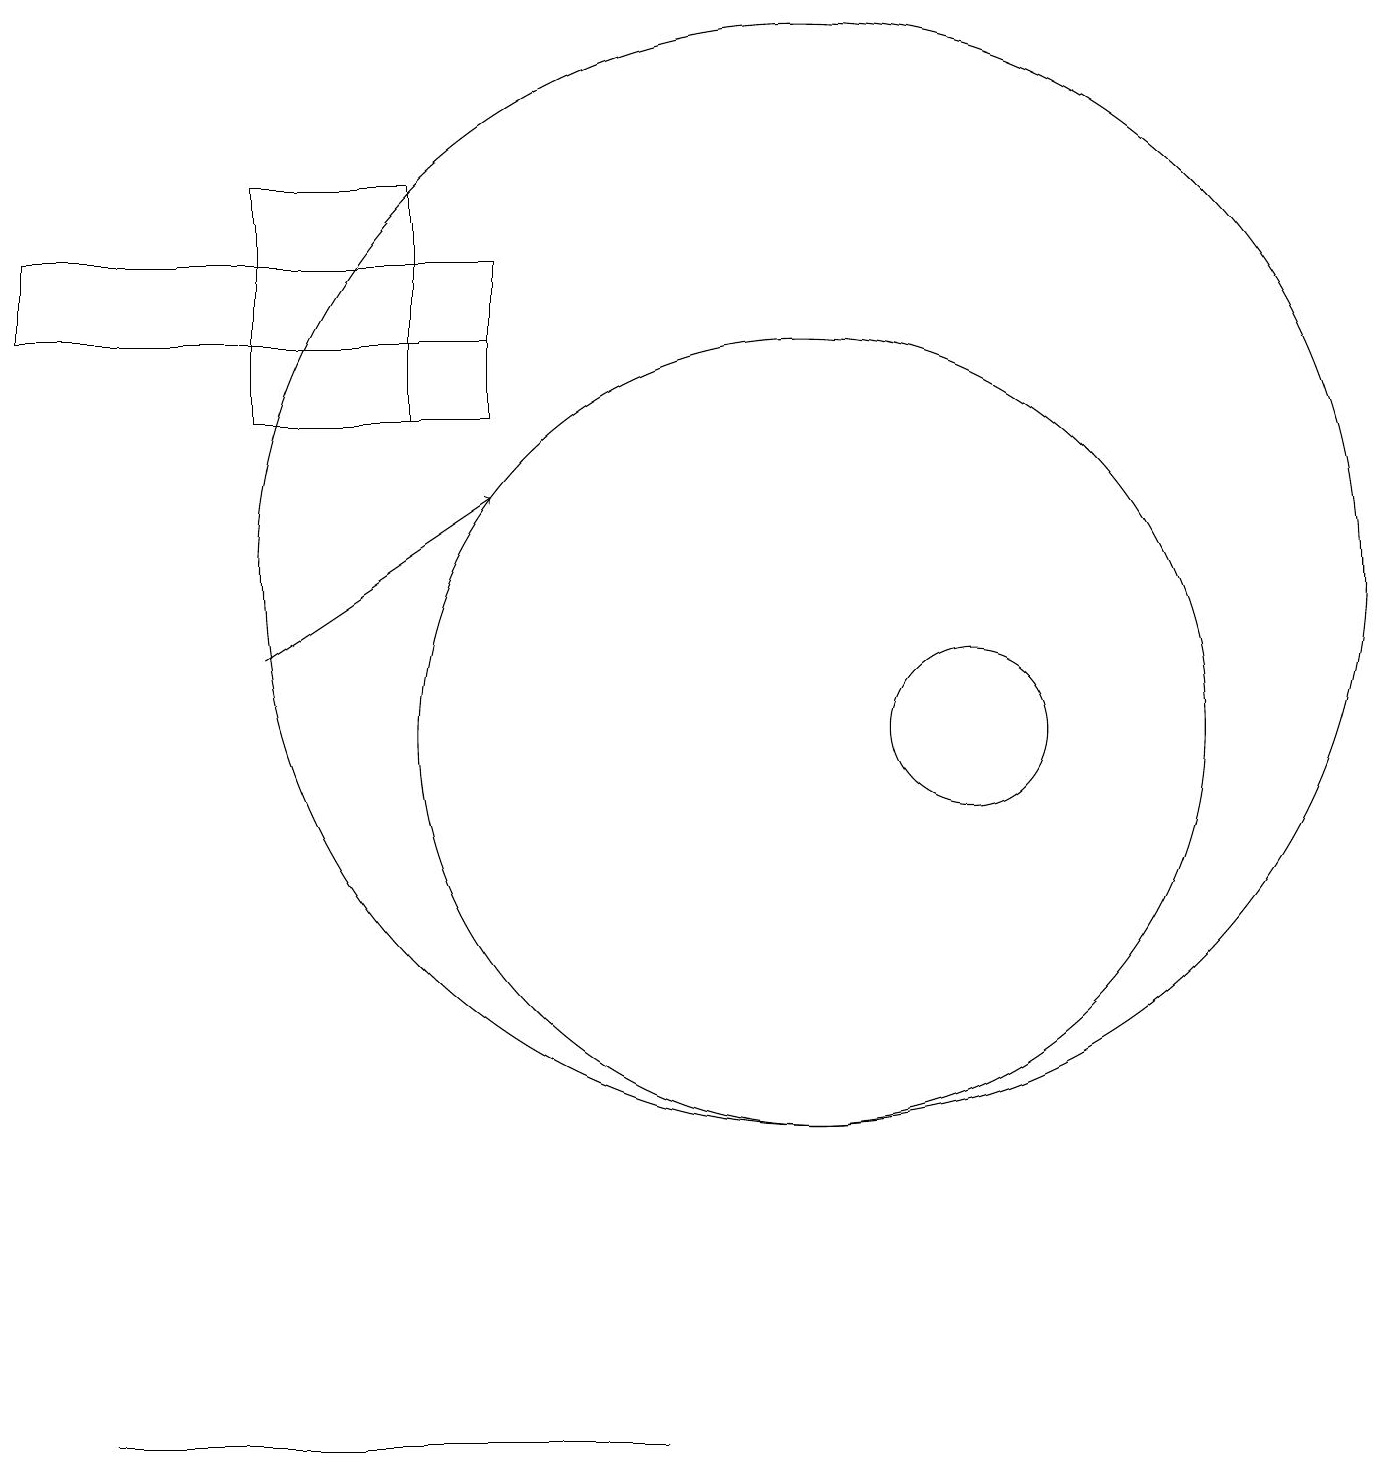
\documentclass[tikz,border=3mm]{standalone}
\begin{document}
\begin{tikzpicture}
\draw (10,12) circle (7);
\draw (3,17) rectangle (5,14);
\draw[->] (3,11) -- (6,13);
\draw (0,15) rectangle (6,16);
\draw (12,10) circle (1);
\draw (3,14) rectangle (6,16);
\draw (10,10) circle (5);
\draw (8,1) -- (1,1) -- (8,1) -- cycle;
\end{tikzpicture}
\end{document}